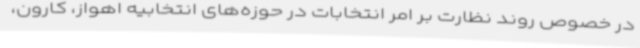
در خصوص روند نظارت بر امر انتخابات در حوزه‌های انتخابیه اهواز، کارون،